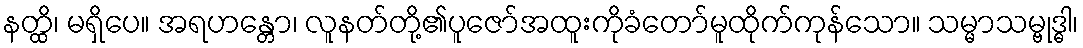
နတ္ထိ၊ မရှိပေ။ အရဟန္တော၊ လူနတ်တို့၏ပူဇော်အထူးကိုခံတော်မူထိုက်ကုန်သော။ သမ္မာသမ္ဗုဒ္ဓါ၊